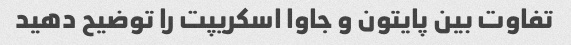
تفاوت بین پایتون و جاوا اسکریپت را توضیح دهید